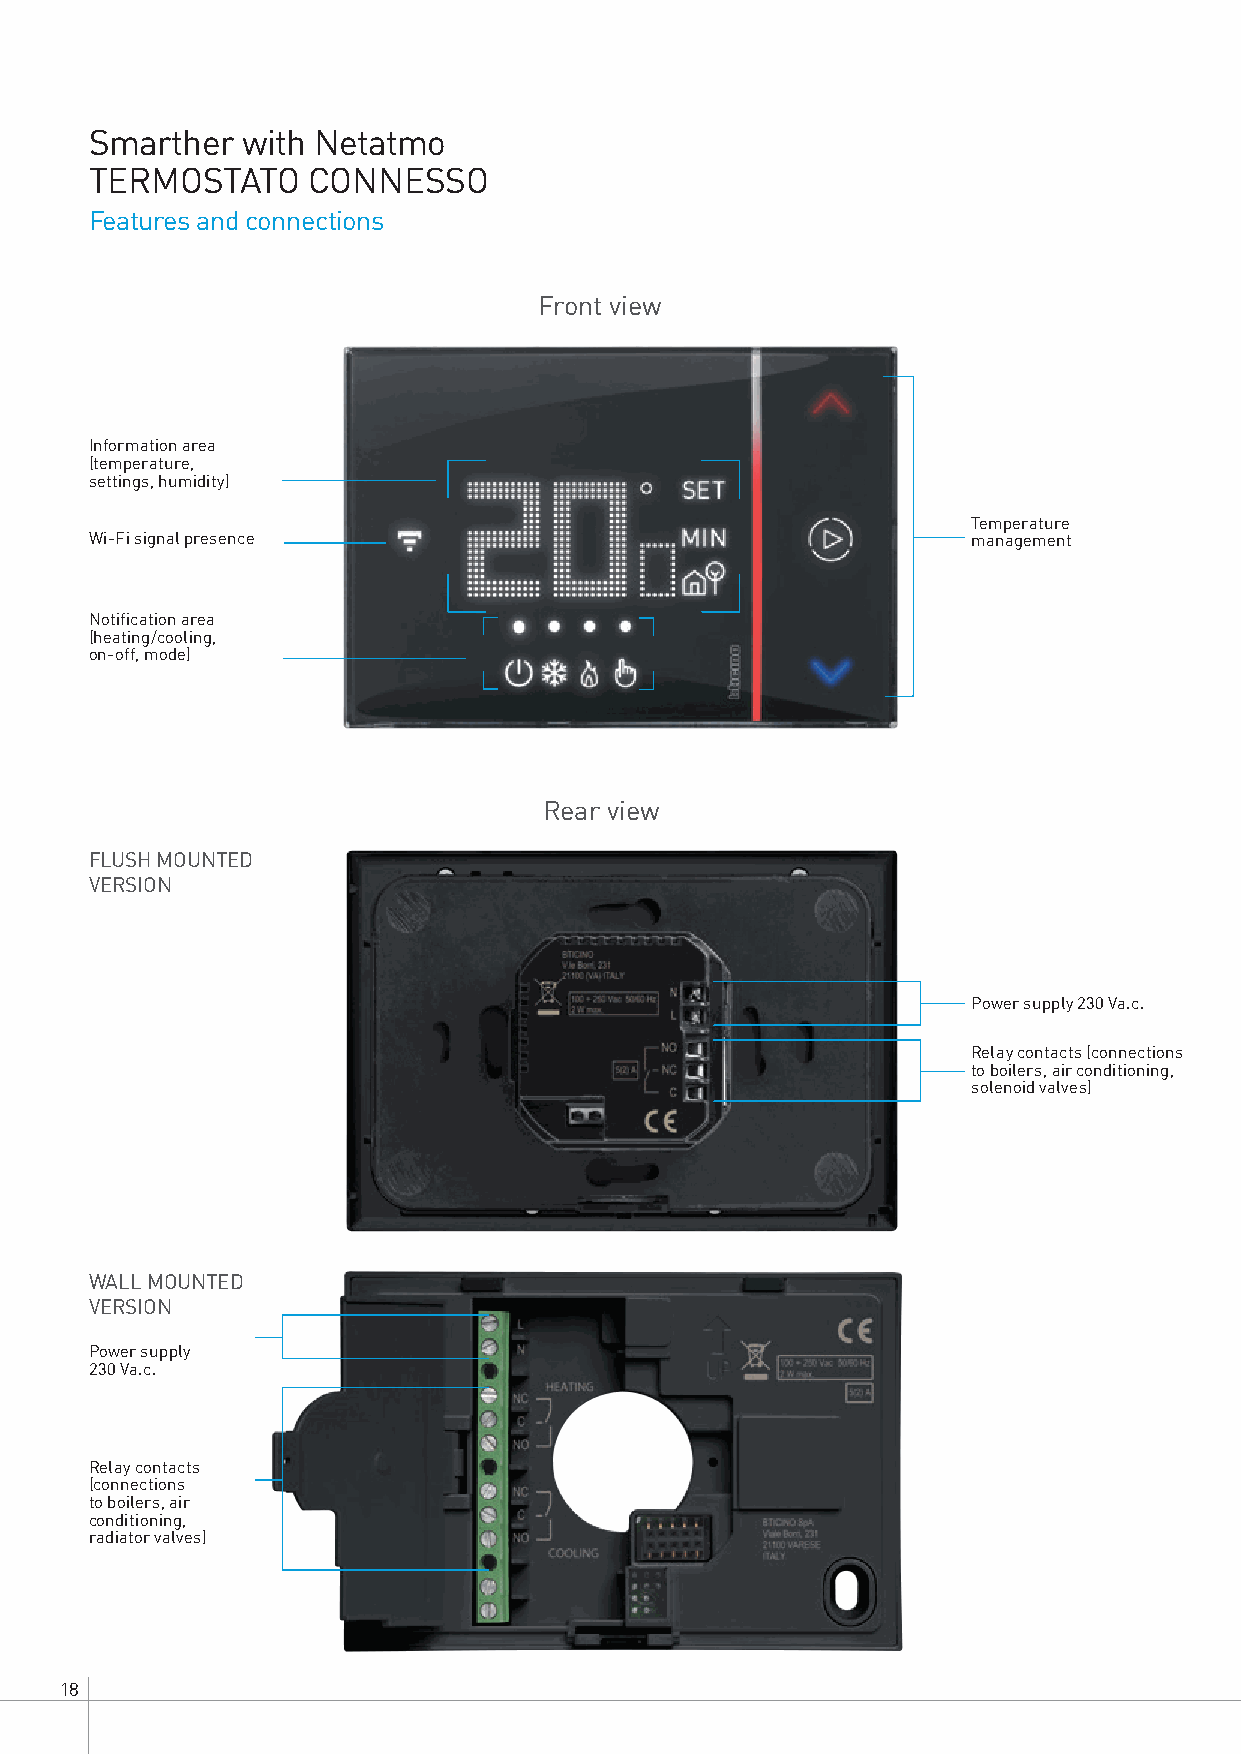
Smarther  with Netatmo
 TERMOSTATO    CONNESSO
 Features and connections
 Front view
 Information area
 (temperature,
 settings, humidity)
 Temperature
 Wi-Fi signal presence                                     management
 Notification area
 (heating/cooling,
 on-off, mode)
 Rear view
 FLUSH MOUNTED
 VERSION
 Power supply 230 Va.c.
 Relay contacts (connections
 to boilers, air conditioning,
 solenoid valves)
 WALL MOUNTED
 VERSION
 Power supply
 230 Va.c.
 Relay contacts
 (connections
 to boilers, air
 conditioning,
 radiator valves)
 18